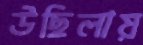
উছিলায়